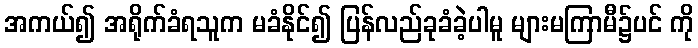
အကယ်၍ အရိုက်ခံရသူက မခံနိုင်၍ ပြန်လည်ခုခံခဲ့ပါမူ များမကြာမီ၌ပင် ကို